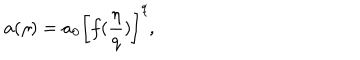
a ( \eta ) = a _ { 0 } \left[ f ( { \frac { \eta } { q } } ) \right] ^ { q } ,